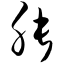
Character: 胀